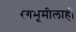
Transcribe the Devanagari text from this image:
रंगभूमीलाही